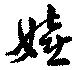
嬉